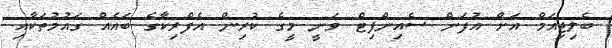
ބެލިޖިއަމް އަށް އުފަން ސެއިންފިޓް ވަނީ މީގެ ކުރިން އެފްރިކާގެ ބައެއް ގައުމުތަކާއި